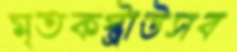
মৃতকস্ট্রাউসব